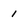
Character: 1